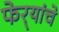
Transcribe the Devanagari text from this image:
फेर्‍यांचे